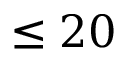
\le 2 0